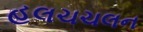
હલચચલન